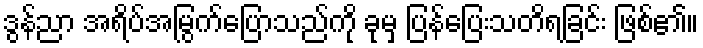
ဒွန်ညာ အရိပ်အမြွက်ပြောသည်ကို ခုမှ ပြန်ပြေးသတိရခြင်း ဖြစ်၏။